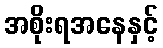
အစိုးရအနေနှင့်